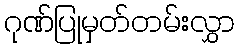
ဂုဏ်ပြုမှတ်တမ်းလွှာ